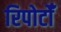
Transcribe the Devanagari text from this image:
रिपोर्टोँं